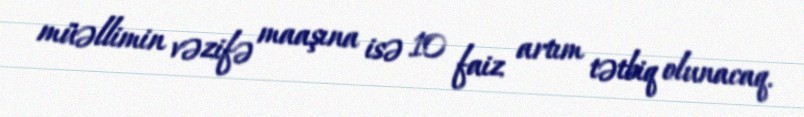
müəllimin vəzifə maaşına isə 10 faiz artım tətbiq olunacaq.